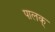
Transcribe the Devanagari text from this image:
पालक्